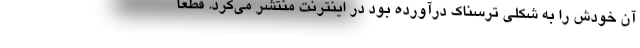
آن خودش را به شکلی ترسناک درآورده بود در اینترنت منتشر می‌کرد. قطعا